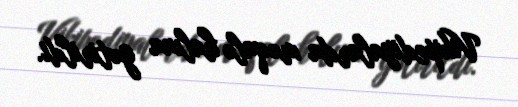
Vikipediyalarda məqalə halına gətirildi.